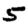
Digit: 5